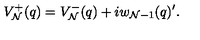
V _ { \cal N } ^ { + } ( q ) = V _ { \cal N } ^ { - } ( q ) + i w _ { { \cal N } - 1 } ( q ) ^ { \prime } .